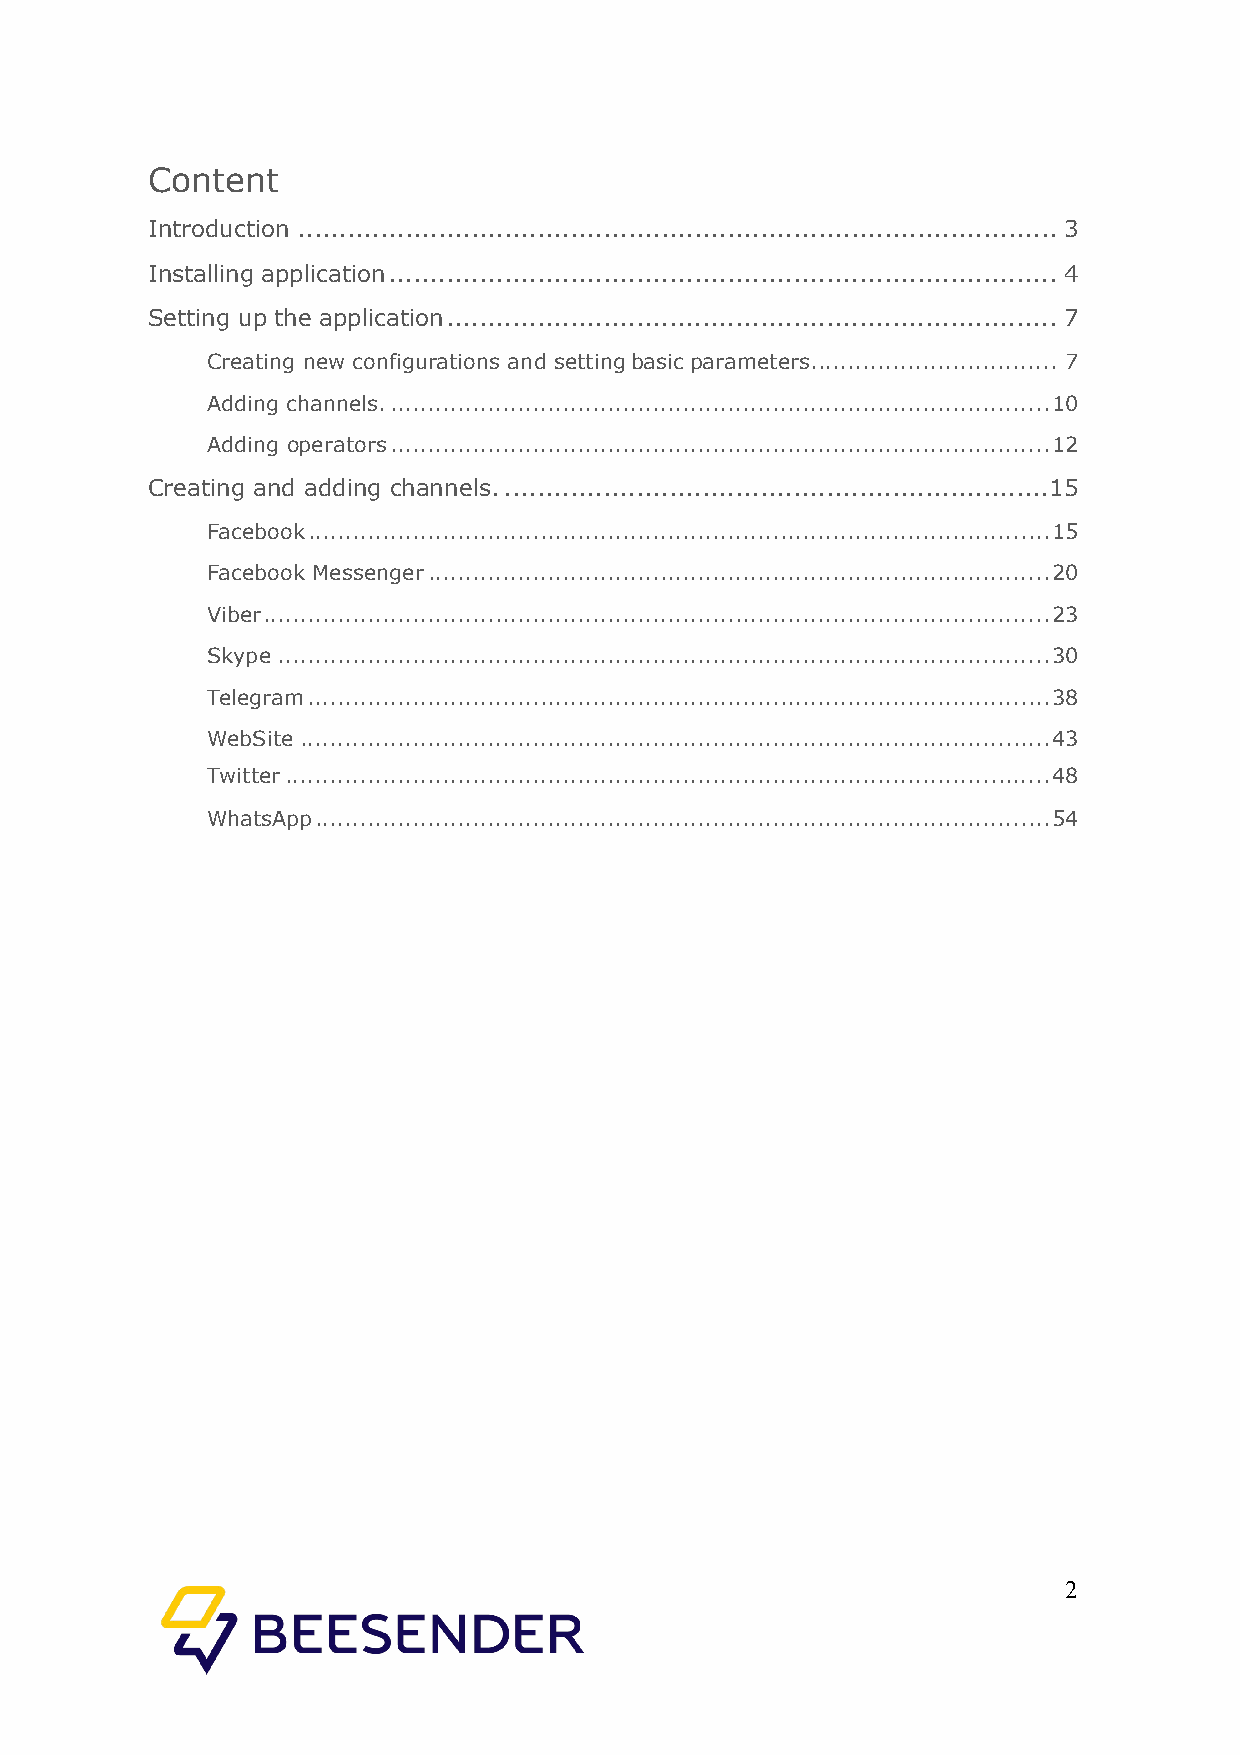
Content
 Introduction ............................................................................................ 3
 Installing application ................................................................................. 4
 Setting up the application .......................................................................... 7
 Creating new configurations and setting basic parameters. ................................ 7
 Adding channels. ........................................................................................ 10
 Adding operators ........................................................................................ 12
 Creating and adding channels. .................................................................. 15
 Facebook ................................................................................................... 15
 Facebook Messenger ................................................................................... 20
 Viber ......................................................................................................... 23
 Skype ....................................................................................................... 30
 Telegram ................................................................................................... 38
 WebSite .................................................................................................... 43
 Twitter ...................................................................................................... 48
 WhatsApp .................................................................................................. 54
 2